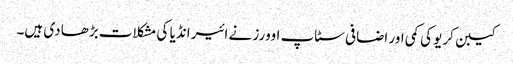
کیبن کریو کی کمی اور اضافی سٹاپ اوورز نے ائیر انڈیا کی مشکلات بڑھا دی ہیں۔